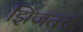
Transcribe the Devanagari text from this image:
झिजतच